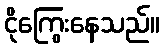
ငိုကြွေးနေသည်။